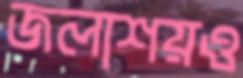
জলাশয়ও